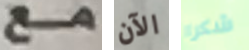
مع الآن شكرا